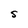
Character: S